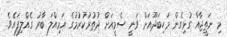
މި ނަތީޖާއާ ގުޅިގެން މަހިބަދޫއަށް ވަނީ ސެމީއަށް ދުތުރުކުރުމުގެ އަމިއްލަ ބާރު ގެއްލިފައެވެ.